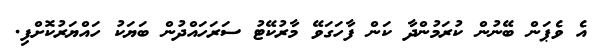
އެ ވެޕަން ބޭނުން ކުރަމުންދާ ކަން ފާހަަގަވޭ މާރުކޭޓު ސަރަަހައްދުން ބަޔަކު ހައްޔަރުކޮށްފި.